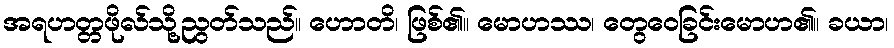
အရဟတ္တဖိုလ်သို့ညွတ်သည်။ ဟောတိ၊ ဖြစ်၏။ မောဟဿ၊ တွေဝေခြင်းမောဟ၏။ ခယာ၊